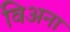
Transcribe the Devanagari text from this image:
विअना